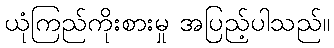
ယုံကြည်ကိုးစားမှု အပြည့်ပါသည်။